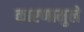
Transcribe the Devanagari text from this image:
कारणामुले